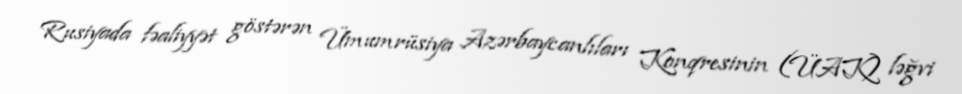
Rusiyada fəaliyyət göstərən Ümumrüsiya Azərbaycanlıları Konqresinin (ÜAK) ləğvi